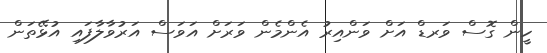
ހީން ގޮސް ވަރޑް އަށް ވަންއިރު އެންމެން ވަރަށް އަވަސް އަރުވާލާފައި އުޅޭތަން